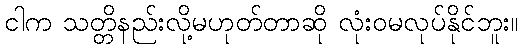
ငါက သတ္တိနည်းလို့မဟုတ်တာဆို လုံးဝမလုပ်နိုင်ဘူး။